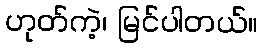
ဟုတ်ကဲ့၊ မြင်ပါတယ်။